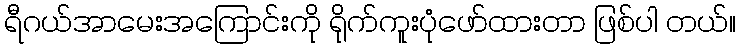
ရီဂယ်အာမေးအကြောင်းကို ရိုက်ကူးပုံဖော်ထားတာ ဖြစ်ပါ တယ်။